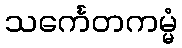
သင်္ကေတကမ္မံ